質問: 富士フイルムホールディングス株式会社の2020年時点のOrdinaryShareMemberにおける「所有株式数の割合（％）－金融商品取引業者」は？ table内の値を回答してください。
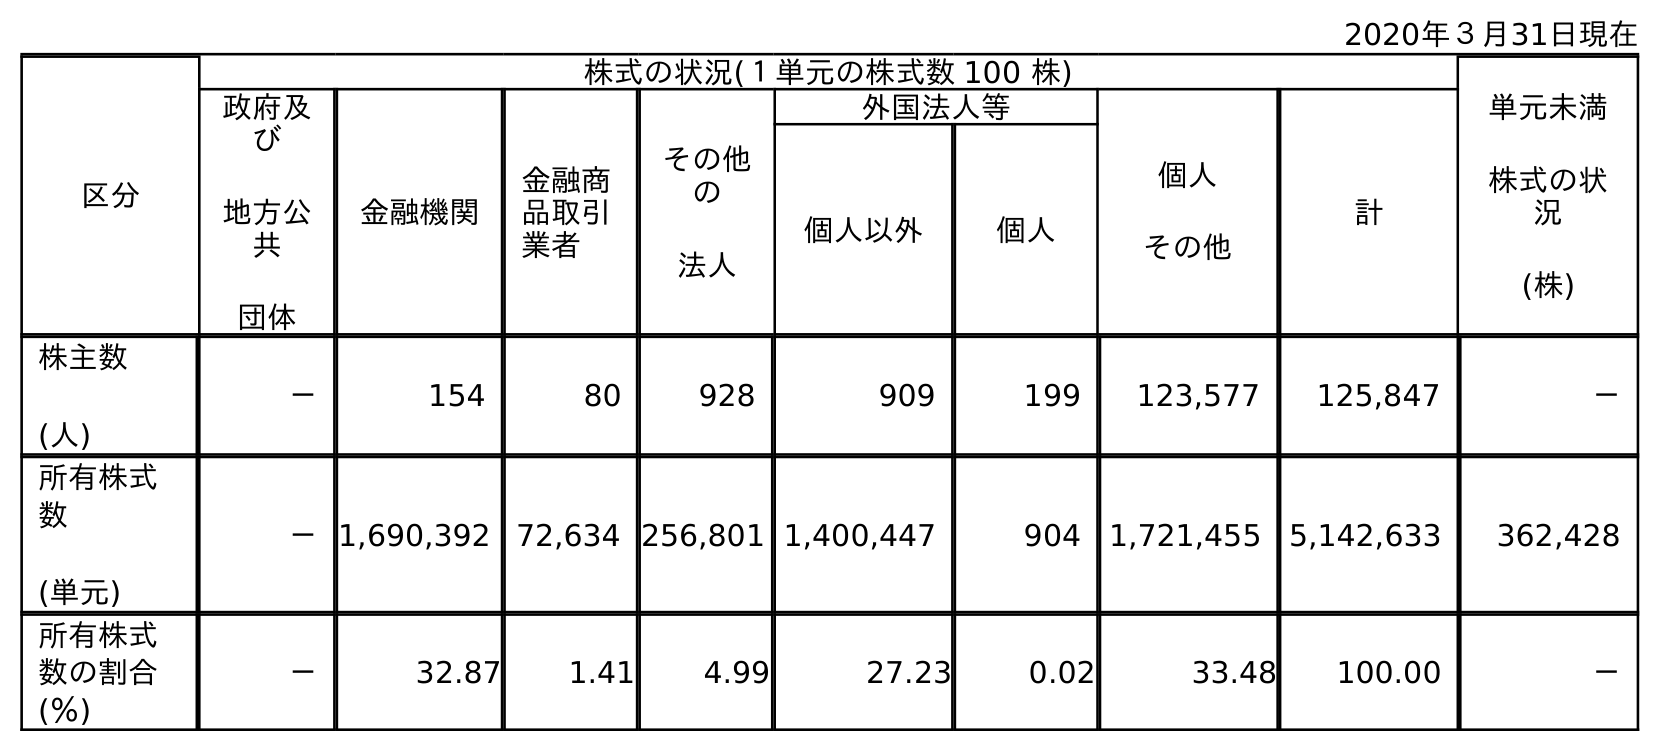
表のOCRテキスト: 2020年３月31日現在 区分 株式の状況(１単元の株式数 100 株) 単元未満 株式の状 況 (株) 政府及 び 地方公 共 団体 金融機関 金融商 品取引 業者 その他 の 法人 外国法人等 個人 その他 計 個人以外 個人 株主数 (人) － 154 80 928 909 199 123,577 125,847 － 所有株式 数 (単元) －1,690,392 72,634 256,801 1,400,447 904 1,721,455 5,142,633 362,428 所有株式 数の割合 (％) － 32.87 1.41 4.99 27.23 0.02 33.48 100.00 －
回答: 1.41